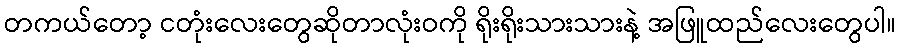
တကယ်တော့ ငတုံးလေးတွေဆိုတာလုံးဝကို ရိုးရိုးသားသားနဲ့ အဖြူထည်လေးတွေပါ။